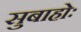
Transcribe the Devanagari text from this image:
सुबाहोः